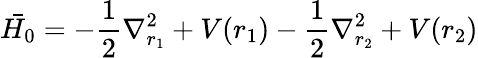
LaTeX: {\bar{H_{0}}}=-{\frac{1}{2}}\nabla_{r_{1}}^{2}+V(r_{1})-{\frac{1}{2}}\nabla_{r_{2}}^{2}+V(r_{2})